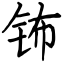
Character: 钸